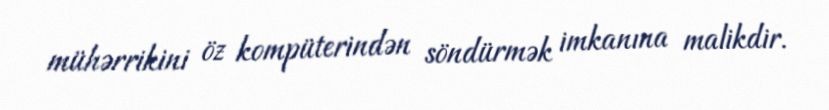
mühərrikini öz kompüterindən söndürmək imkanına malikdir.